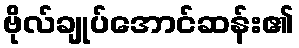
ဗိုလ်ချုပ်အောင်ဆန်း၏